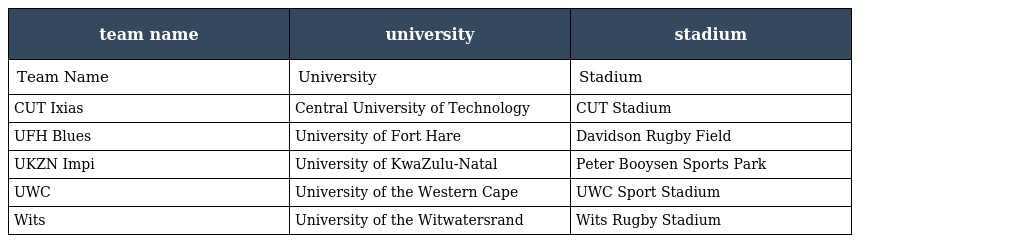
| team name | university | stadium |
 | --- | --- | --- |
 | Team Name | University | Stadium |
 | CUT Ixias | Central University of Technology | CUT Stadium |
 | UFH Blues | University of Fort Hare | Davidson Rugby Field |
 | UKZN Impi | University of KwaZulu-Natal | Peter Booysen Sports Park |
 | UWC | University of the Western Cape | UWC Sport Stadium |
 | Wits | University of the Witwatersrand | Wits Rugby Stadium |